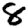
Digit: 8